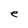
Character: e